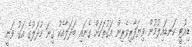
ޑިއުޓީ ކަނޑައިލުމުން ވިޔަފާރިވެރިން އަގުތަކަށް ގެނައި ބަދަލާއެކު ގިނަ މުދަލުގެ އަގު ވަނީ